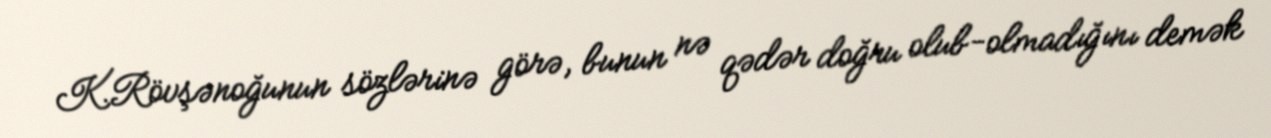
K.Rövşənoğunun sözlərinə görə, bunun nə qədər doğru olub-olmadığını demək